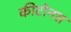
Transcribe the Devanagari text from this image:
कीटोनस